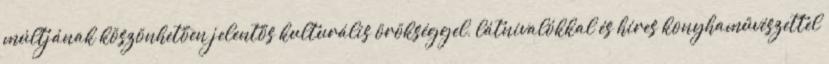
múltjának köszönhetően jelentős kulturális örökséggel, látnivalókkal és híres konyhaművészettel